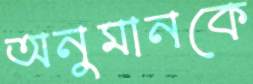
অনুমানকে